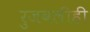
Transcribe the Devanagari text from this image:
रुजवलीही